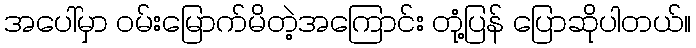
အပေါ်မှာ ဝမ်းမြောက်မိတဲ့အကြောင်း တုံ့ပြန် ပြောဆိုပါတယ်။